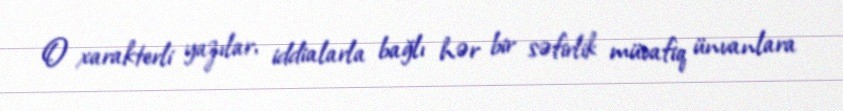
O xarakterli yazılar, iddialarla bağlı hər bir səfirlik müvafiq ünvanlara